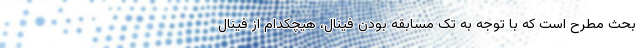
بحث مطرح است که با توجه به تک مسابقه بودن فینال، هیچکدام از فینال